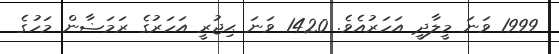
1999 ވަނަ މީލާދީ އަހަރުއެވެ. 1420 ވަނަ ޙިޖުރީ އަހަރުގެ ރަމަޟާން މަހުގެ